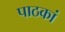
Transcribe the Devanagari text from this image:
पाठकां